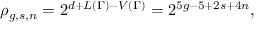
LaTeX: \rho _ { g , s , n } = 2 ^ { d + L ( \Gamma ) - V ( \Gamma ) } = 2 ^ { 5 g - 5 + 2 s + 4 n } ,